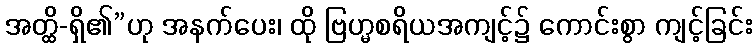
အတ္ထိ-ရှိ၏”ဟု အနက်ပေး၊ ထို ဗြဟ္မစရိယအကျင့်၌ ကောင်းစွာ ကျင့်ခြင်း